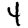
Digit: 4